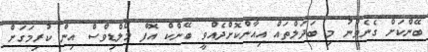
ބޭންކަށް ގެނެވުނު މި ބަދަލްތައް އިއާންކޮށްދެއްވީ ބޭންކް އޮފް މޯލްޑިވްސް އިން ކުރިމަގަށް